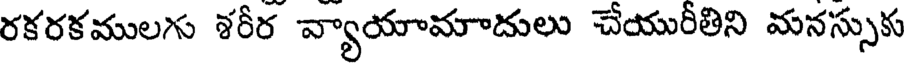
రకరకములగు శరీర వ్యాయామాదులు చేయురీతిని మనస్సుకు